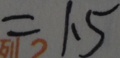
= 1 . 5